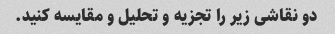
دو نقاشی زیر را تجزیه و تحلیل و مقایسه کنید.